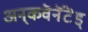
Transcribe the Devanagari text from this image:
अन्‌कवॆनॆंटॆड्